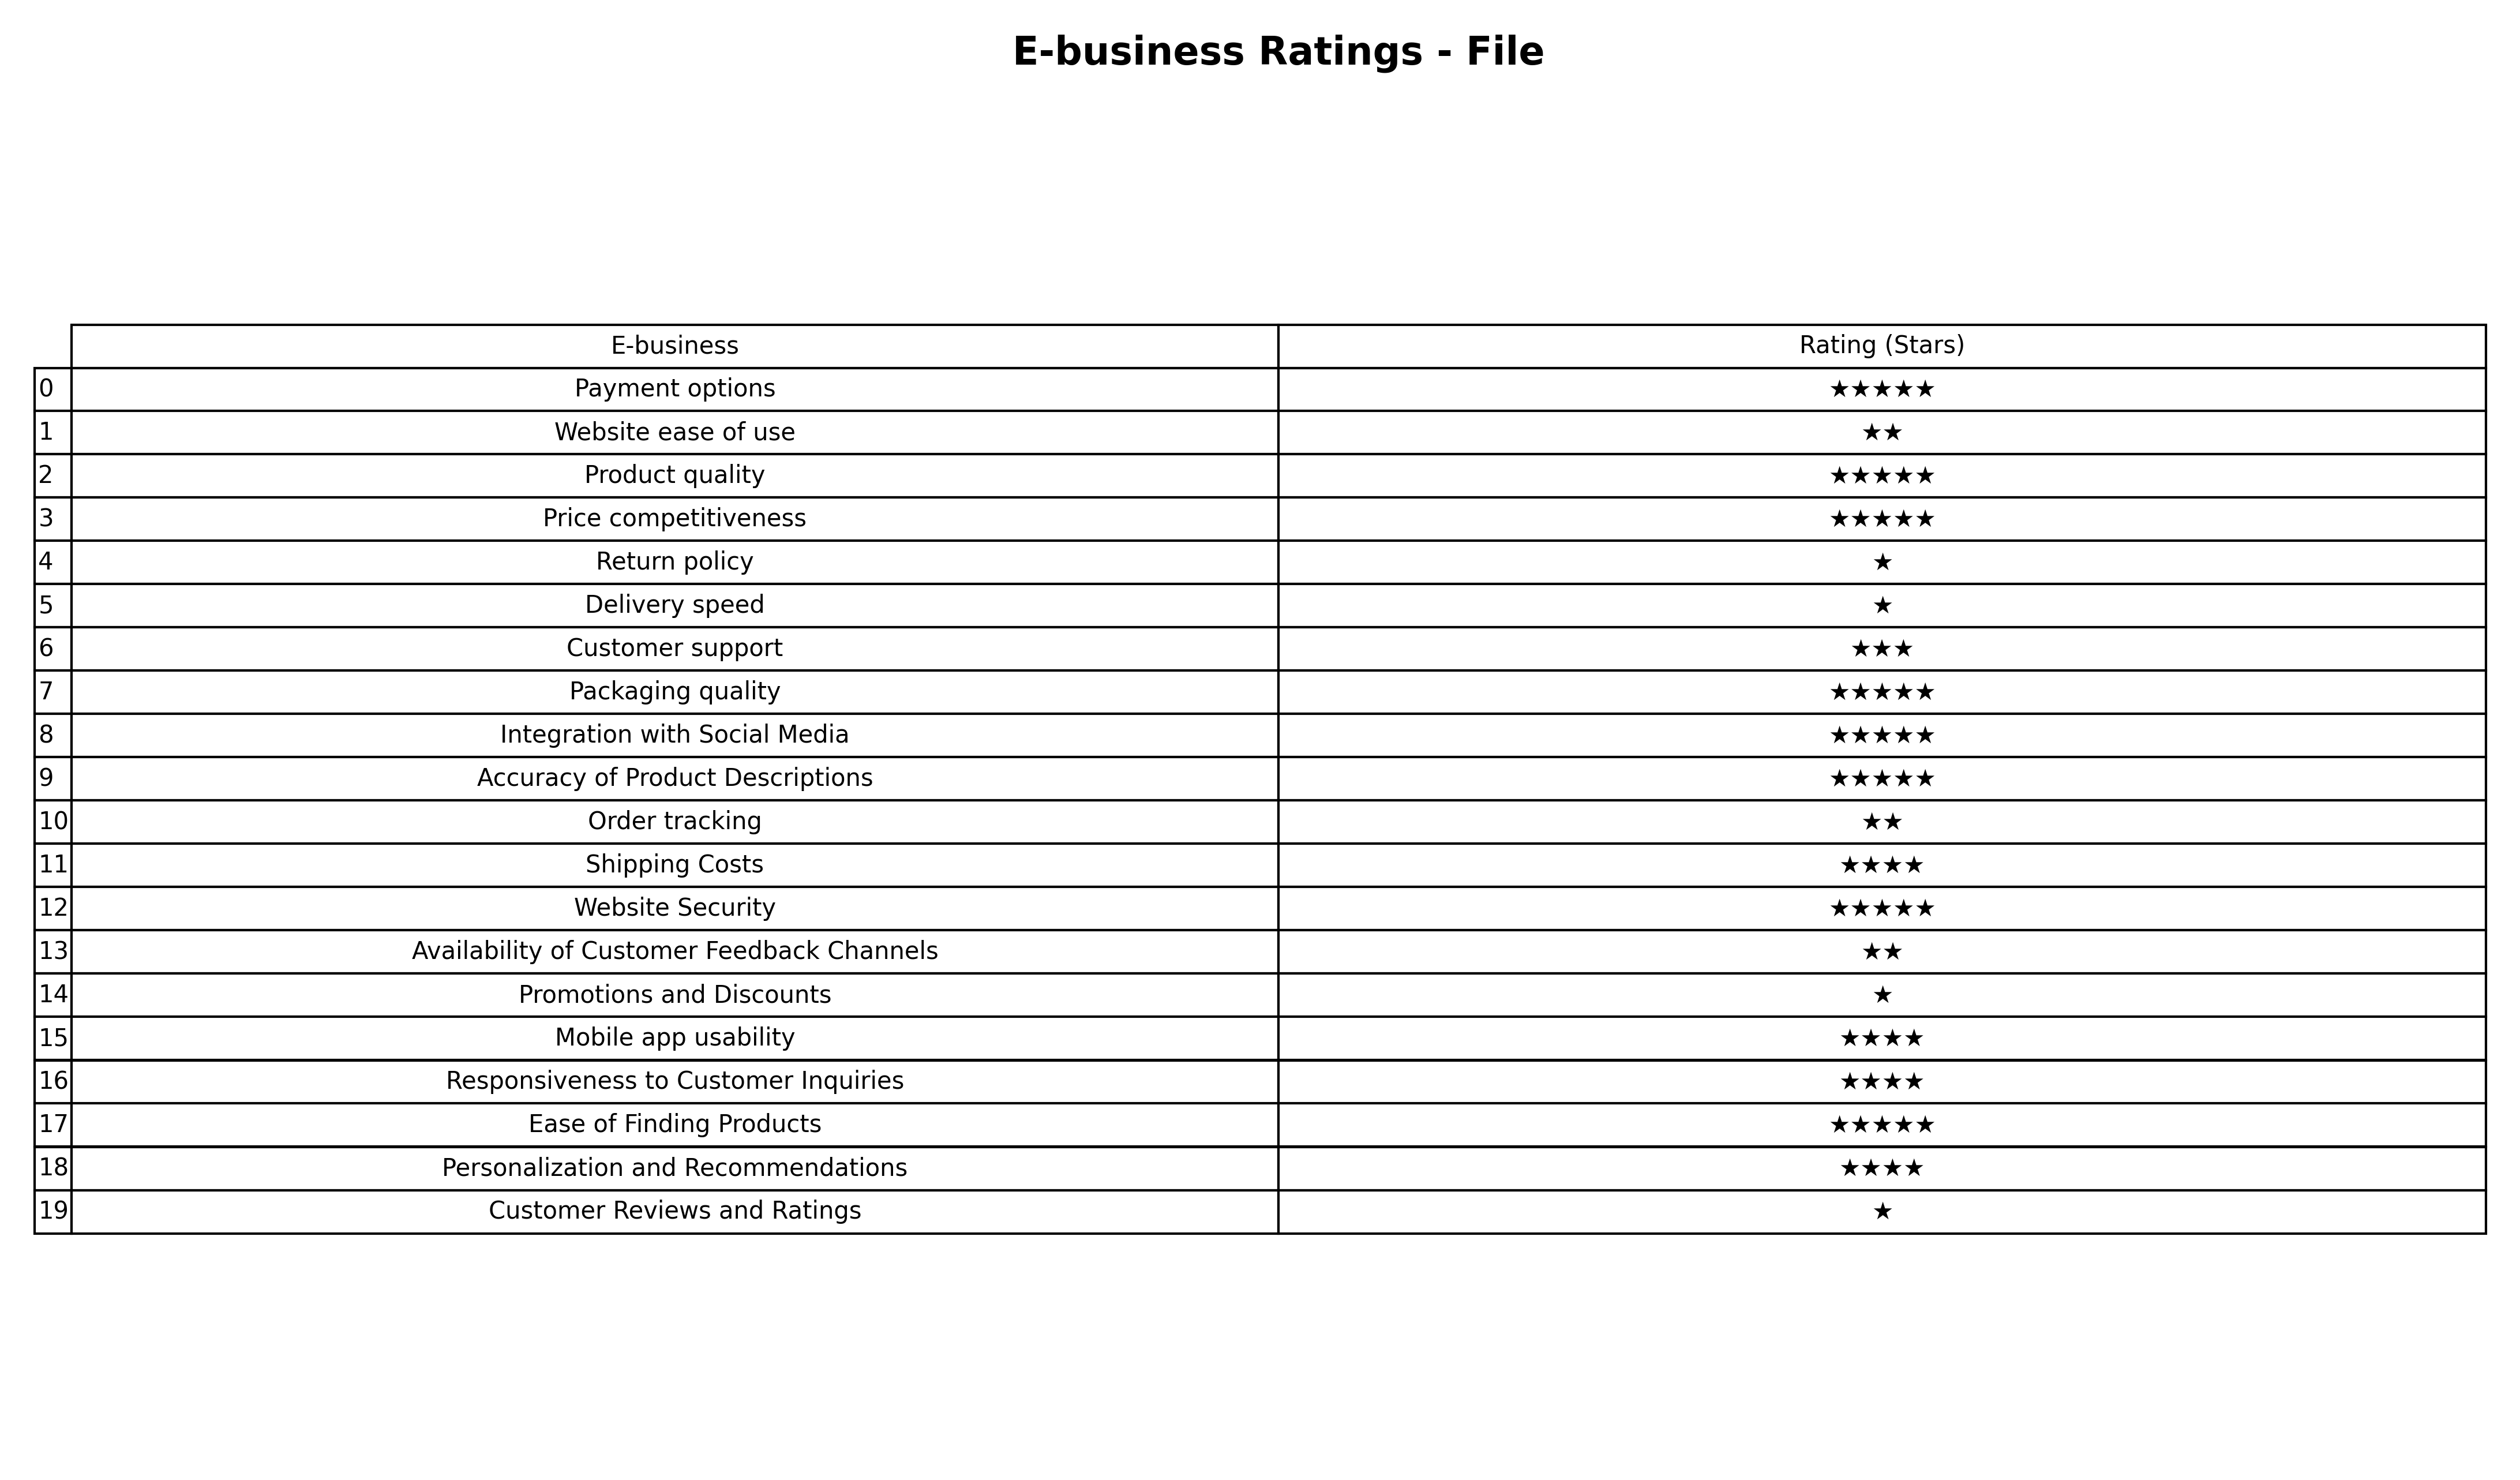
question: What is the rating of Availability of Customer Feedback Channels?
answer: ★★